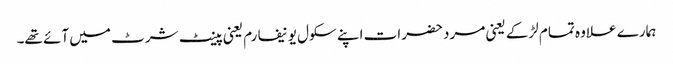
ہمارے علاوہ تمام لڑکے یعنی مرد حضرات اپنے سکول یونیفارم یعنی پینٹ شرٹ میں آئے تھے۔